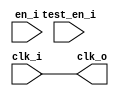
// Copyright lowRISC contributors.
// Licensed under the Apache License, Version 2.0, see LICENSE for details.
// SPDX-License-Identifier: Apache-2.0

// Clock gating totally disabled for TEEHW projects

module prim_clock_gating (
  input  clk_i,
  input  en_i,
  input  test_en_i,
  output clk_o
);

  assign clk_o = clk_i;

endmodule